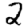
Digit: 2